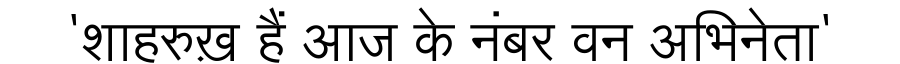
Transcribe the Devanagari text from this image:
'शाहरुख़ हैं आज के नंबर वन अभिनेता'